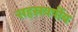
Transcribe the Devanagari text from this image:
सहस्रवर्षीय